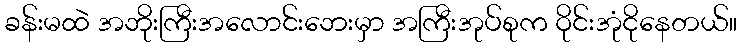
ခန်းမထဲ အဘိုးကြီးအလောင်းဘေးမှာ အကြီးအုပ်စုက ဝိုင်းအုံငိုနေတယ်။